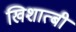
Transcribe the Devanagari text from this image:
खिशात्बी